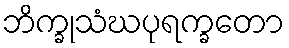
ဘိက္ခုသံဃပုရက္ခတော